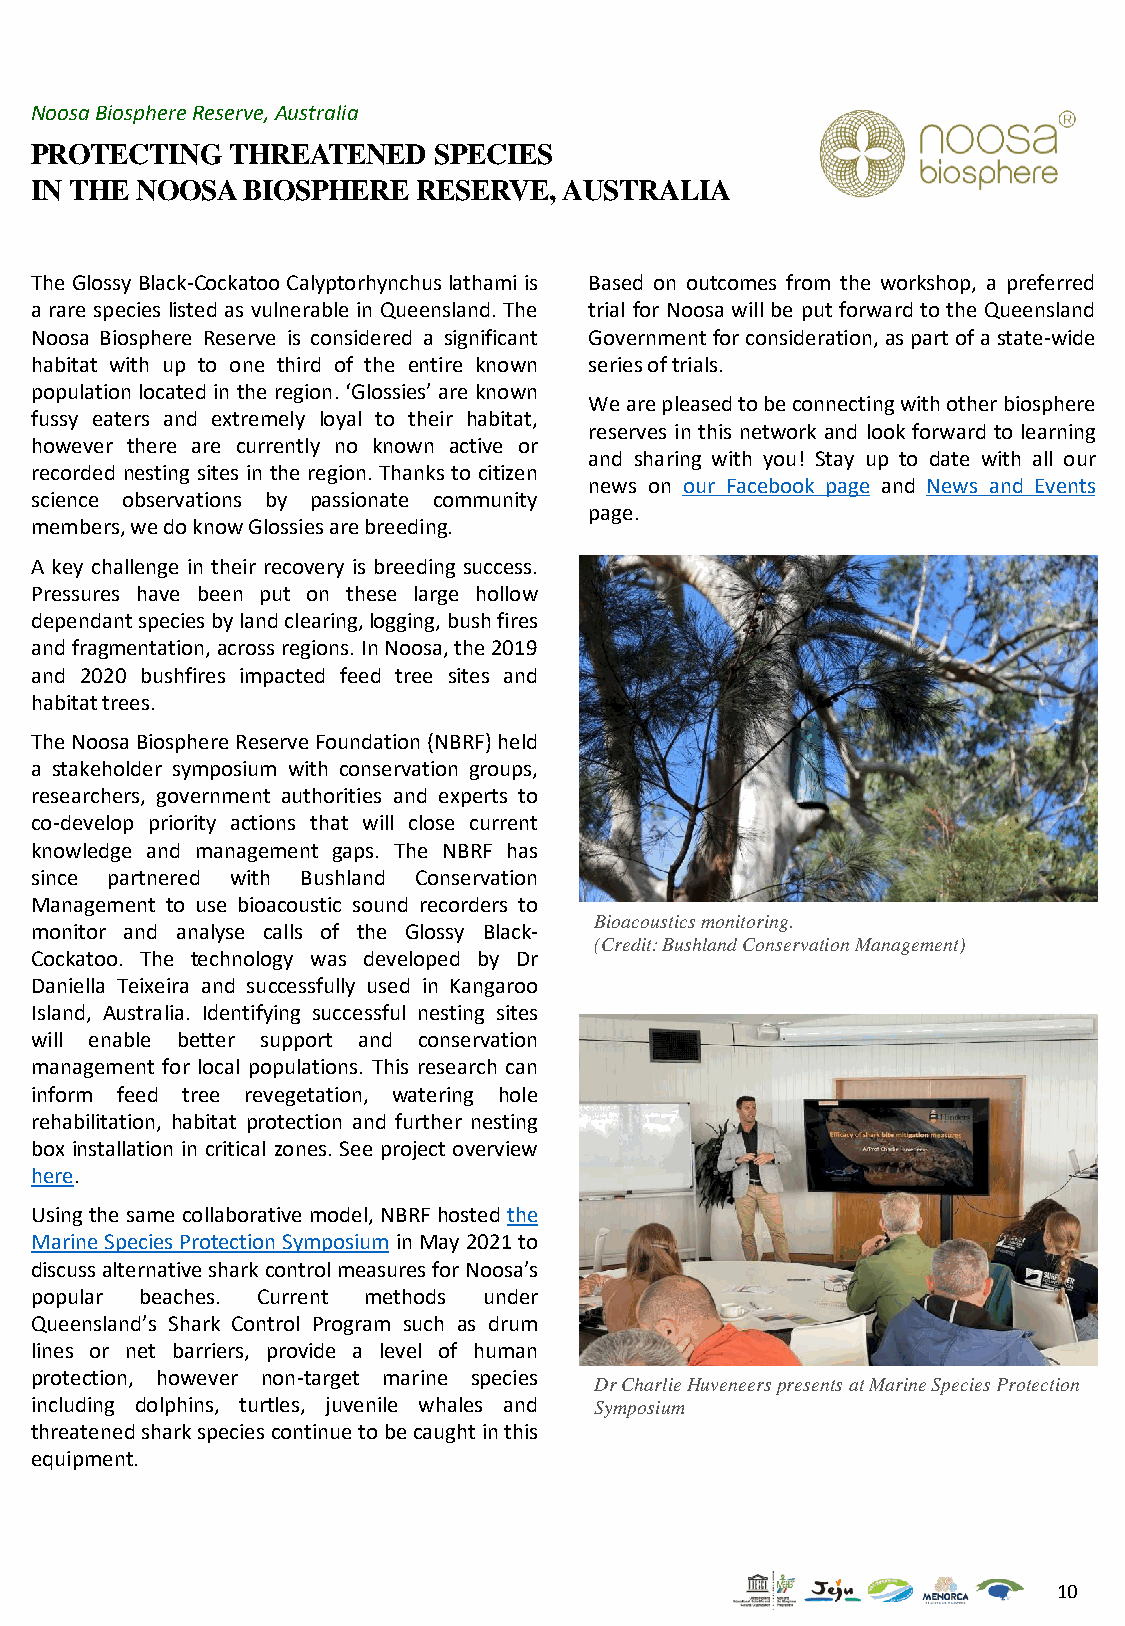
Noosa Biosphere Reserve, Australia
 PROTECTING   THREATENED    SPECIES
 IN THE NOOSA  BIOSPHERE   RESERVE, AUSTRALIA
 The Glossy Black-CockatooCalyptorhynchuslathamiis Based on outcomes from the workshop, a preferred
 a rare species listed as vulnerable in Queensland. The trial for Noosa will be put forward to the Queensland
 Noosa Biosphere Reserve is considered a significant Governmentforconsideration,aspartofastate-wide
 habitat with up to one third of the entire known seriesoftrials.
 populationlocated inthe region.‘Glossies’ are known
 Wearepleasedtobeconnectingwithotherbiosphere
 fussy eaters and extremely loyal to their habitat,
 reserves in this network and look forward to learning
 however there are currently no known active or
 and sharing with you! Stay up to date with all our
 recorded nesting sites in the region. Thanks to citizen
 news on our Facebook page and News and Events
 science observations by passionate community
 page.
 members,wedoknowGlossiesarebreeding.
 A key challenge in their recovery is breeding success.
 Pressures have been put on these large hollow
 dependantspeciesbylandclearing,logging,bushfires
 andfragmentation,acrossregions.InNoosa,the2019
 and 2020 bushfires impacted feed tree sites and
 habitattrees.
 TheNoosaBiosphereReserveFoundation(NBRF)held
 a stakeholder symposium with conservation groups,
 researchers, government authorities and experts to
 co-develop priority actions that will close current
 knowledge and management gaps. The NBRF has
 since partnered with Bushland Conservation
 Management to use bioacoustic sound recorders to
 Bioacoustics monitoring.
 monitor and analyse calls of the Glossy Black-
 (Credit: Bushland Conservation Management)
 Cockatoo. The technology was developed by Dr
 Daniella Teixeira and successfully used in Kangaroo
 Island, Australia. Identifying successful nesting sites
 will enable better support and conservation
 management for local populations. This research can
 inform feed tree revegetation, watering hole
 rehabilitation, habitat protection and further nesting
 box installation in critical zones. See project overview
 here.
 Usingthe same collaborative model, NBRF hostedthe
 MarineSpeciesProtectionSymposiuminMay2021to
 discussalternativesharkcontrolmeasuresforNoosa’s
 popular beaches. Current methods under
 Queensland’s Shark Control Program such as drum
 lines or net barriers, provide a level of human
 protection, however non-target marine species
 DrCharlie Huveneerspresents at Marine Species Protection
 including dolphins, turtles, juvenile whales and Symposium
 threatenedsharkspeciescontinuetobecaughtinthis
 equipment.
 10